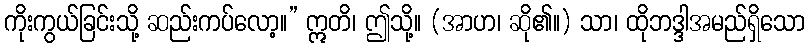
ကိုးကွယ်ခြင်းသို့ ဆည်းကပ်လော့။” ဣတိ၊ ဤသို့။ (အာဟ၊ ဆို၏။) သာ၊ ထိုဘဒ္ဒါအမည်ရှိသော